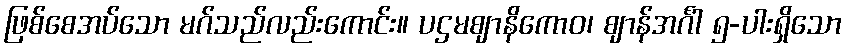
ဖြစ်စေအပ်သော မဂ်သည်လည်းကောင်း။ ပဌမဈာနိကောဝ၊ ဈာန်အင်္ဂါ ၅-ပါးရှိသော